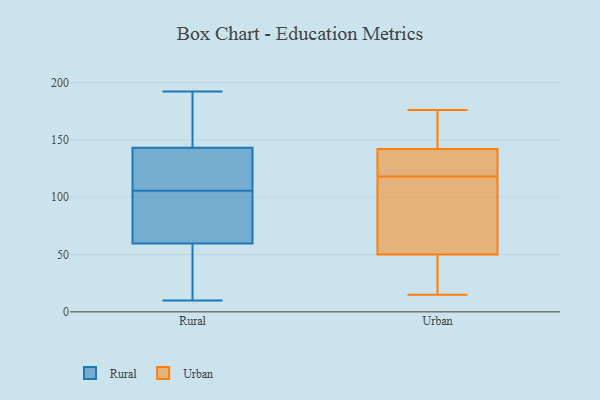
{"axis": {"x": "Net Income (USD K)", "y": "Value"}, "legend": ["Rural", "Urban"], "data": [{"x": "", "y": 105, "type": "Rural"}, {"x": "", "y": 101, "type": "Rural"}, {"x": "", "y": 140, "type": "Rural"}, {"x": "", "y": 123, "type": "Rural"}, {"x": "", "y": 133, "type": "Rural"}, {"x": "", "y": 54, "type": "Rural"}, {"x": "", "y": 146, "type": "Rural"}, {"x": "", "y": 155, "type": "Rural"}, {"x": "", "y": 39, "type": "Rural"}, {"x": "", "y": 192, "type": "Rural"}, {"x": "", "y": 65, "type": "Rural"}, {"x": "", "y": 106, "type": "Rural"}, {"x": "", "y": 72, "type": "Rural"}, {"x": "", "y": 10, "type": "Rural"}, {"x": "", "y": 47, "type": "Rural"}, {"x": "", "y": 162, "type": "Rural"}, {"x": "", "y": 114, "type": "Urban"}, {"x": "", "y": 15, "type": "Urban"}, {"x": "", "y": 50, "type": "Urban"}, {"x": "", "y": 122, "type": "Urban"}, {"x": "", "y": 142, "type": "Urban"}, {"x": "", "y": 176, "type": "Urban"}, {"x": "", "y": 158, "type": "Urban"}, {"x": "", "y": 53, "type": "Urban"}, {"x": "", "y": 38, "type": "Urban"}, {"x": "", "y": 134, "type": "Urban"}]}